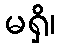
မရှိ၊